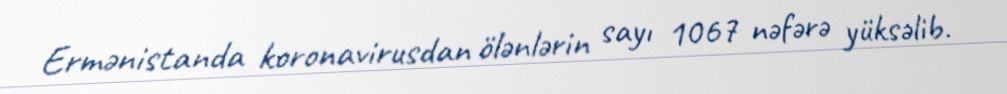
Ermənistanda koronavirusdan ölənlərin sayı 1067 nəfərə yüksəlib.